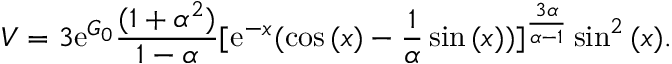
V = 3 \mathrm { e } ^ { G _ { 0 } } \frac { ( 1 + \alpha ^ { 2 } ) } { 1 - \alpha } [ \mathrm { e } ^ { - x } ( \cos { ( x ) } - \frac { 1 } { \alpha } \sin { ( x ) } ) ] ^ { \frac { 3 \alpha } { \alpha - 1 } } \sin ^ { 2 } { ( x ) } .